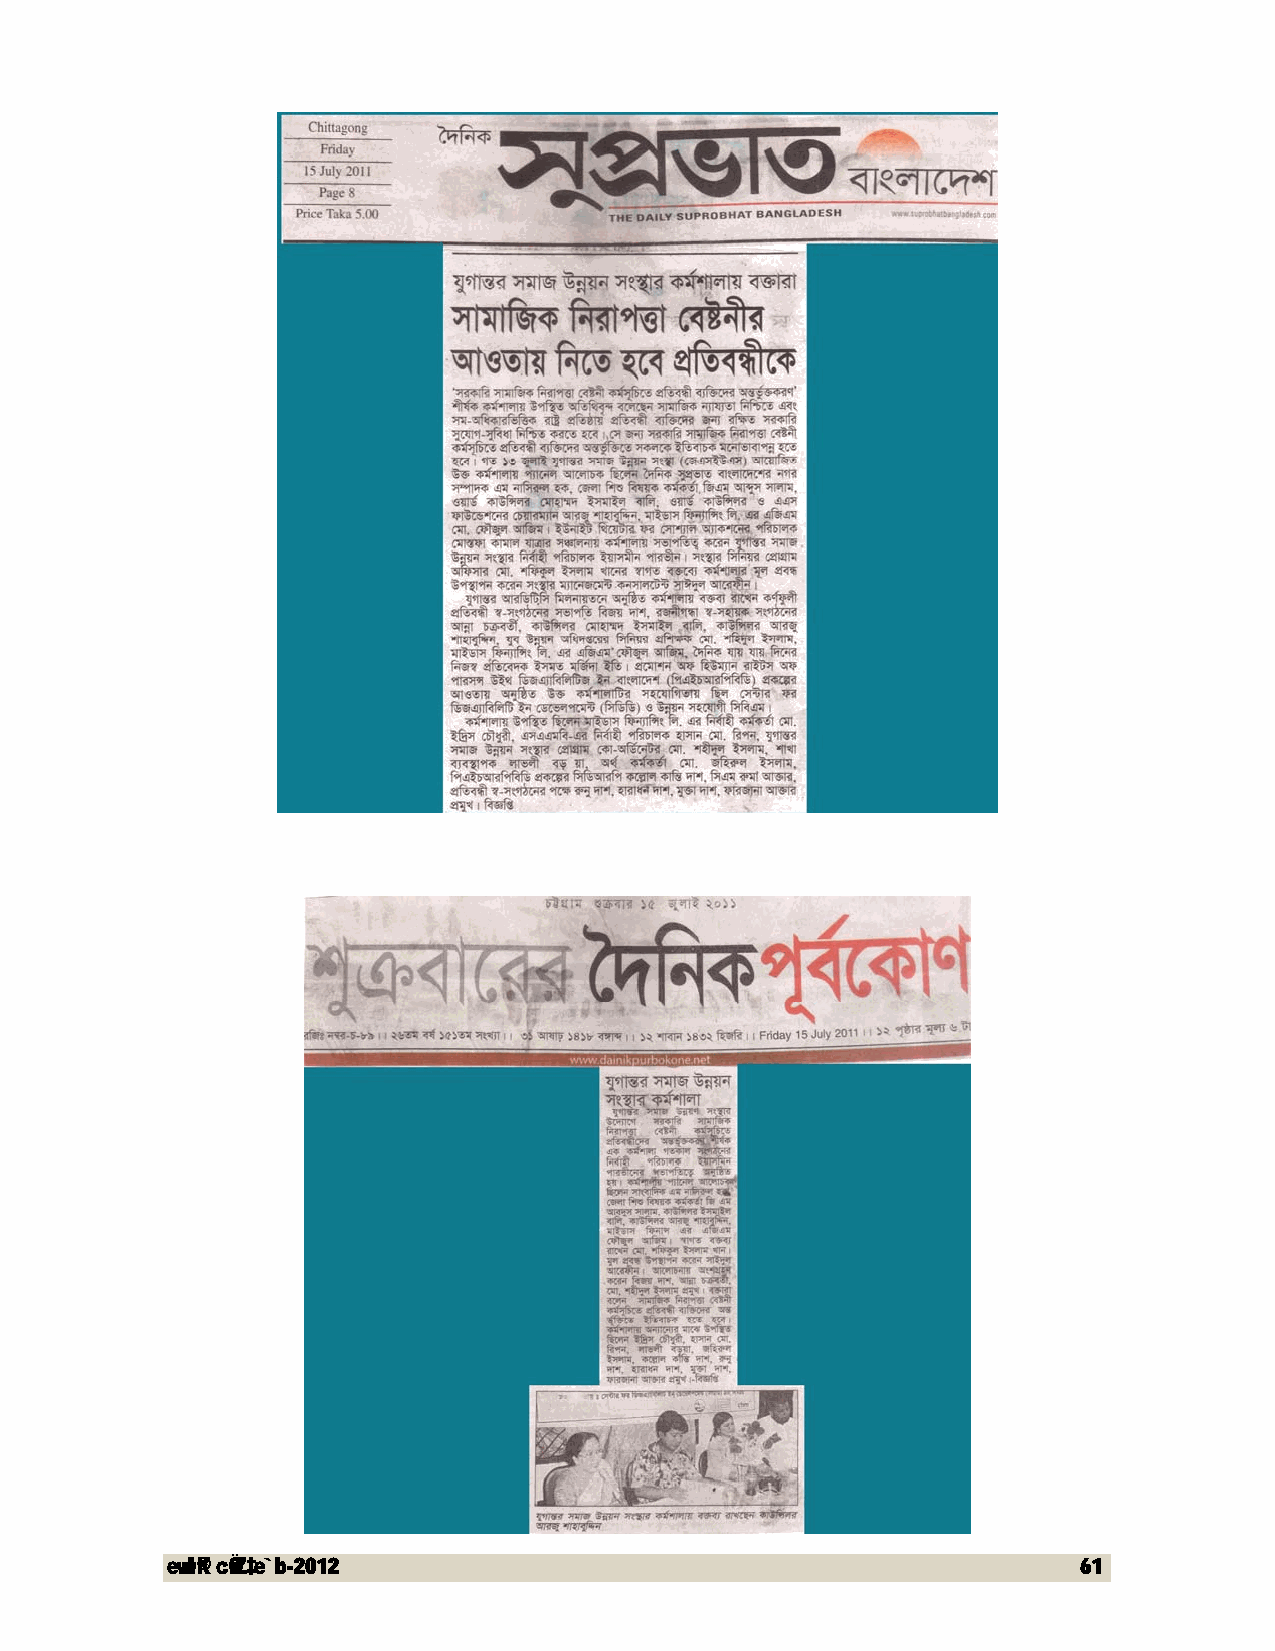
evwl©K cÖwZ‡e`b-2012                                         61